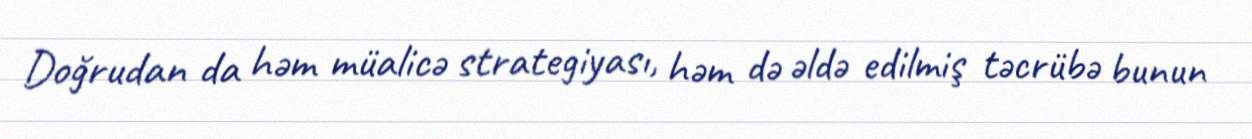
Doğrudan da həm müalicə strategiyası, həm də əldə edilmiş təcrübə bunun